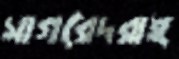
সাগরেদরাই